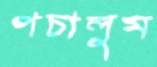
পচালুম